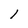
Character: l